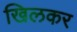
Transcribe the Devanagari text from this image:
खिलकर